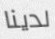
لدينا